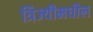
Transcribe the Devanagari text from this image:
त्रिज्यीमधील